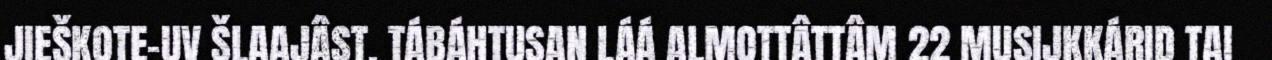
JIEŠKOTE-UV ŠLAAJÂST. TÁBÁHTUSAN LÁÁ ALMOTTÂTTÂM 22 MUSIJKKÁRID TAI